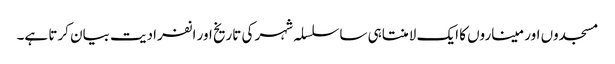
مسجدوں اور میناروں کا ایک لامنتاہی ساسلسلہ شہر کی تاریخ اور انفرادیت بیان کرتا ہے۔